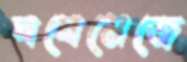
ঘষেমেজে